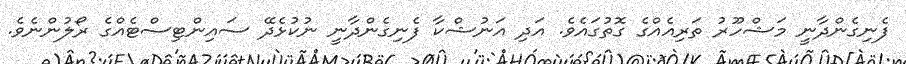
ފެނިގެންދާނީ މަޝްހޫރު ތަރިއެއްގެ ގޮތުގައެވެ. އަދި އަނުޝްކާ ފެނިގެންދާނީ ނުކުޅެދޭ ސައިންޓިސްޓެއްގެ ރޯލުންނެވެ.